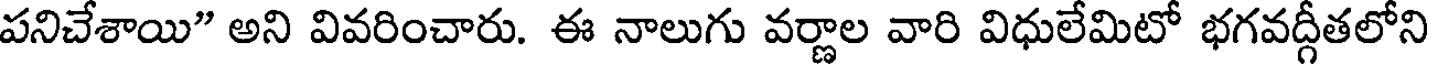
పనిచేశాయి" అని వివరించారు. ఈ నాలుగు వర్ణాల వారి విధులేమిటో భగవద్గీతలోని